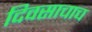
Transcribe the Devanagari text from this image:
दिवसाचाच